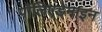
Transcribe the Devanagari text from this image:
पॉलिएडेमाइन